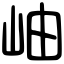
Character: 岫